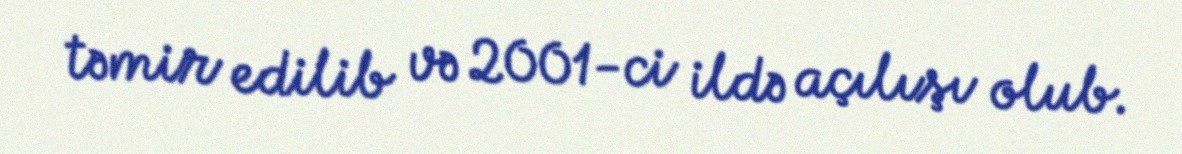
təmir edilib və 2001-ci ildə açılışı olub.